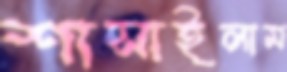
শাসাইলাম